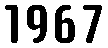
1967